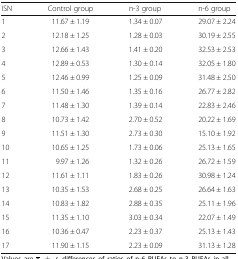
<table><thead><tr><td><b>ISN</b></td><td><b>Control group</b></td><td><b>n-3 group</b></td><td><b>n-6 group</b></td></tr></thead><tbody><tr><td>1</td><td>11.67 ± 1.19</td><td>1.34 ± 0.07</td><td>29.07 ± 2.24</td></tr><tr><td>2</td><td>12.18 ± 1.25</td><td>1.28 ± 0.03</td><td>30.19 ± 2.55</td></tr><tr><td>3</td><td>12.66 ± 1.43</td><td>1.41 ± 0.20</td><td>32.53 ± 2.53</td></tr><tr><td>4</td><td>12.89 ± 0.53</td><td>1.30 ± 0.14</td><td>32.05 ± 1.80</td></tr><tr><td>5</td><td>12.46 ± 0.99</td><td>1.25 ± 0.09</td><td>31.48 ± 2.50</td></tr><tr><td>6</td><td>11.50 ± 1.46</td><td>1.35 ± 0.16</td><td>26.77 ± 2.82</td></tr><tr><td>7</td><td>11.48 ± 1.30</td><td>1.39 ± 0.14</td><td>22.83 ± 2.46</td></tr><tr><td>8</td><td>10.73 ± 1.42</td><td>2.70 ± 0.52</td><td>20.22 ± 1.69</td></tr><tr><td>9</td><td>11.51 ± 1.30</td><td>2.73 ± 0.30</td><td>15.10 ± 1.92</td></tr><tr><td>10</td><td>10.65 ± 1.25</td><td>1.73 ± 0.06</td><td>25.13 ± 1.65</td></tr><tr><td>11</td><td>9.97 ± 1.26</td><td>1.32 ± 0.26</td><td>26.72 ± 1.59</td></tr><tr><td>12</td><td>11.61 ± 1.11</td><td>1.83 ± 0.26</td><td>30.98 ± 1.24</td></tr><tr><td>13</td><td>10.35 ± 1.53</td><td>2.68 ± 0.25</td><td>26.64 ± 1.63</td></tr><tr><td>14</td><td>10.83 ± 1.82</td><td>2.88 ± 0.35</td><td>25.11 ± 1.96</td></tr><tr><td>15</td><td>11.35 ± 1.10</td><td>3.03 ± 0.34</td><td>22.07 ± 1.49</td></tr><tr><td>16</td><td>10.36 ± 0.47</td><td>2.23 ± 0.37</td><td>25.13 ± 1.43</td></tr><tr><td>17</td><td>11.90 ± 1.15</td><td>2.23 ± 0.09</td><td>31.13 ± 1.28</td></tr></tbody></table>